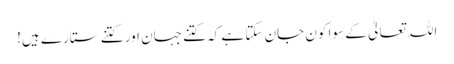
اللہ تعالیٰ کے سوا کون جان سکتا ہے کہ کتنے جہان اور کتنے ستارے ہیں!